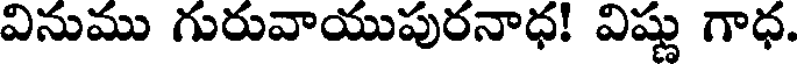
వినుము గురువాయుపురనాధ! విష్ణు గాధ.